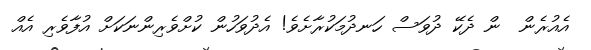
އެއުރެން  ން ދެކޭ ދުވަސް ހަނދުމަކުރާށެވެ! އެދުވަހުން ކުށްވެރިންނަކަށް އުފާވެރި އެއް